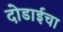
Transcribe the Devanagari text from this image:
दोडाईचा